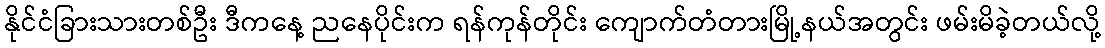
နိုင်ငံခြားသားတစ်ဦး ဒီကနေ့ ညနေပိုင်းက ရန်ကုန်တိုင်း ကျောက်တံတားမြို့နယ်အတွင်း ဖမ်းမိခဲ့တယ်လို့